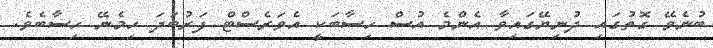
ބުނެވޭ ގޮތުގައި ދުނިޔޭގައިވާ އެންމެ އުސް ހިސާބަކީ އެވަރެސްޓް ފަރުބަދަ ހިމެނޭ ހިސާބެވެ.